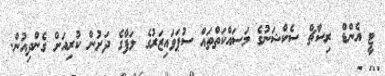
ޓީ އެންޑް ރިސާޗް ސެކްޝަނުގެ މަސައްކަތްތައް ސުޕަވައިޒަރުގެ ލަފާގެ ދަށުން ކުރިއަށް ގެންދިއުން.